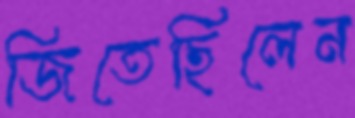
জিতেছিলেন